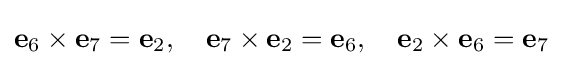
\mathbf {e} _{6}\times \mathbf {e} _{7}=\mathbf {e} _{2},\quad \mathbf {e} _{7}\times \mathbf {e} _{2}=\mathbf {e} _{6},\quad \mathbf {e} _{2}\times \mathbf {e} _{6}=\mathbf {e} _{7}